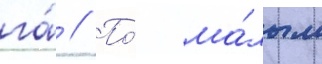
га́ // По́ ма́лым